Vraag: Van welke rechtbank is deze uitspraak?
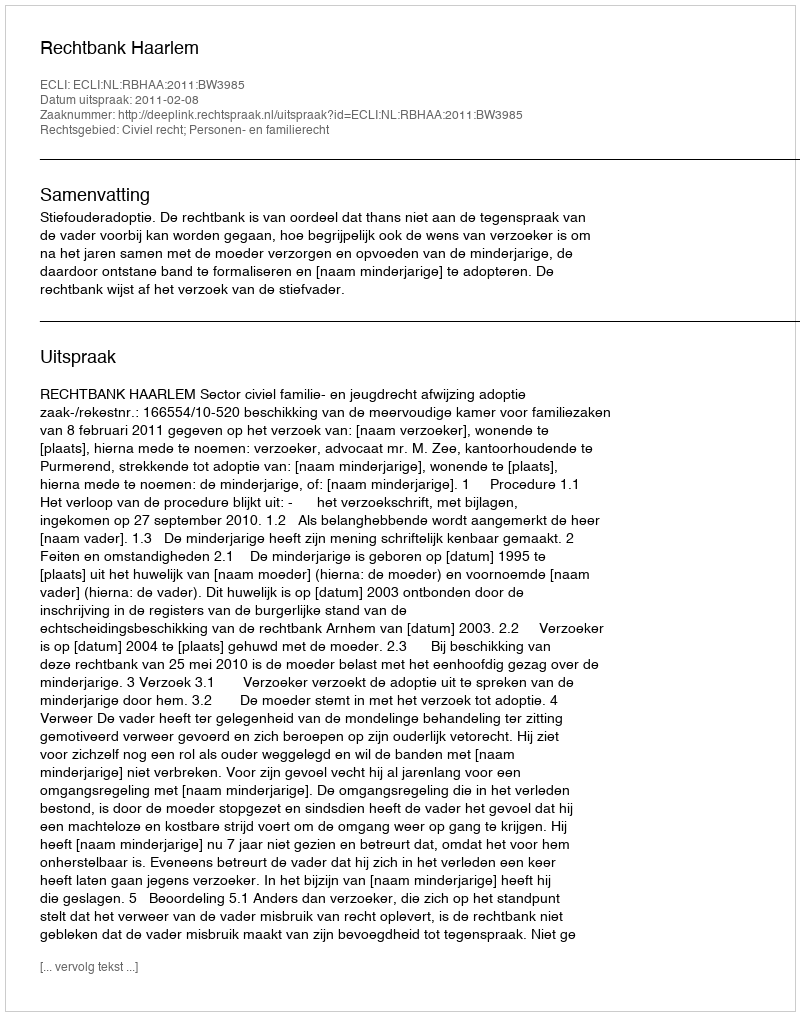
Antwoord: Rechtbank Haarlem